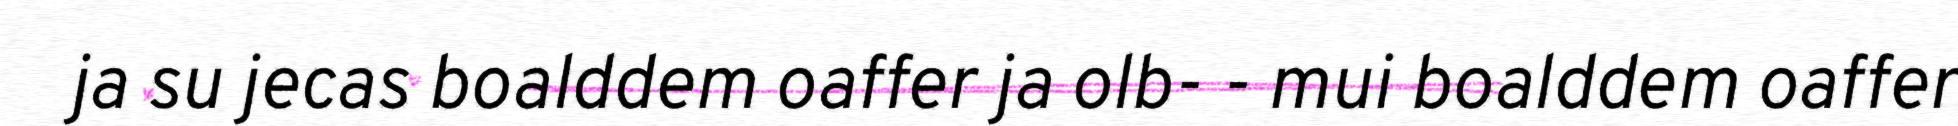
ja su jecas boalddem oaffer ja olb- - mui boalddem oaffer